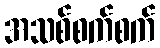
အသစ်စက်စက်